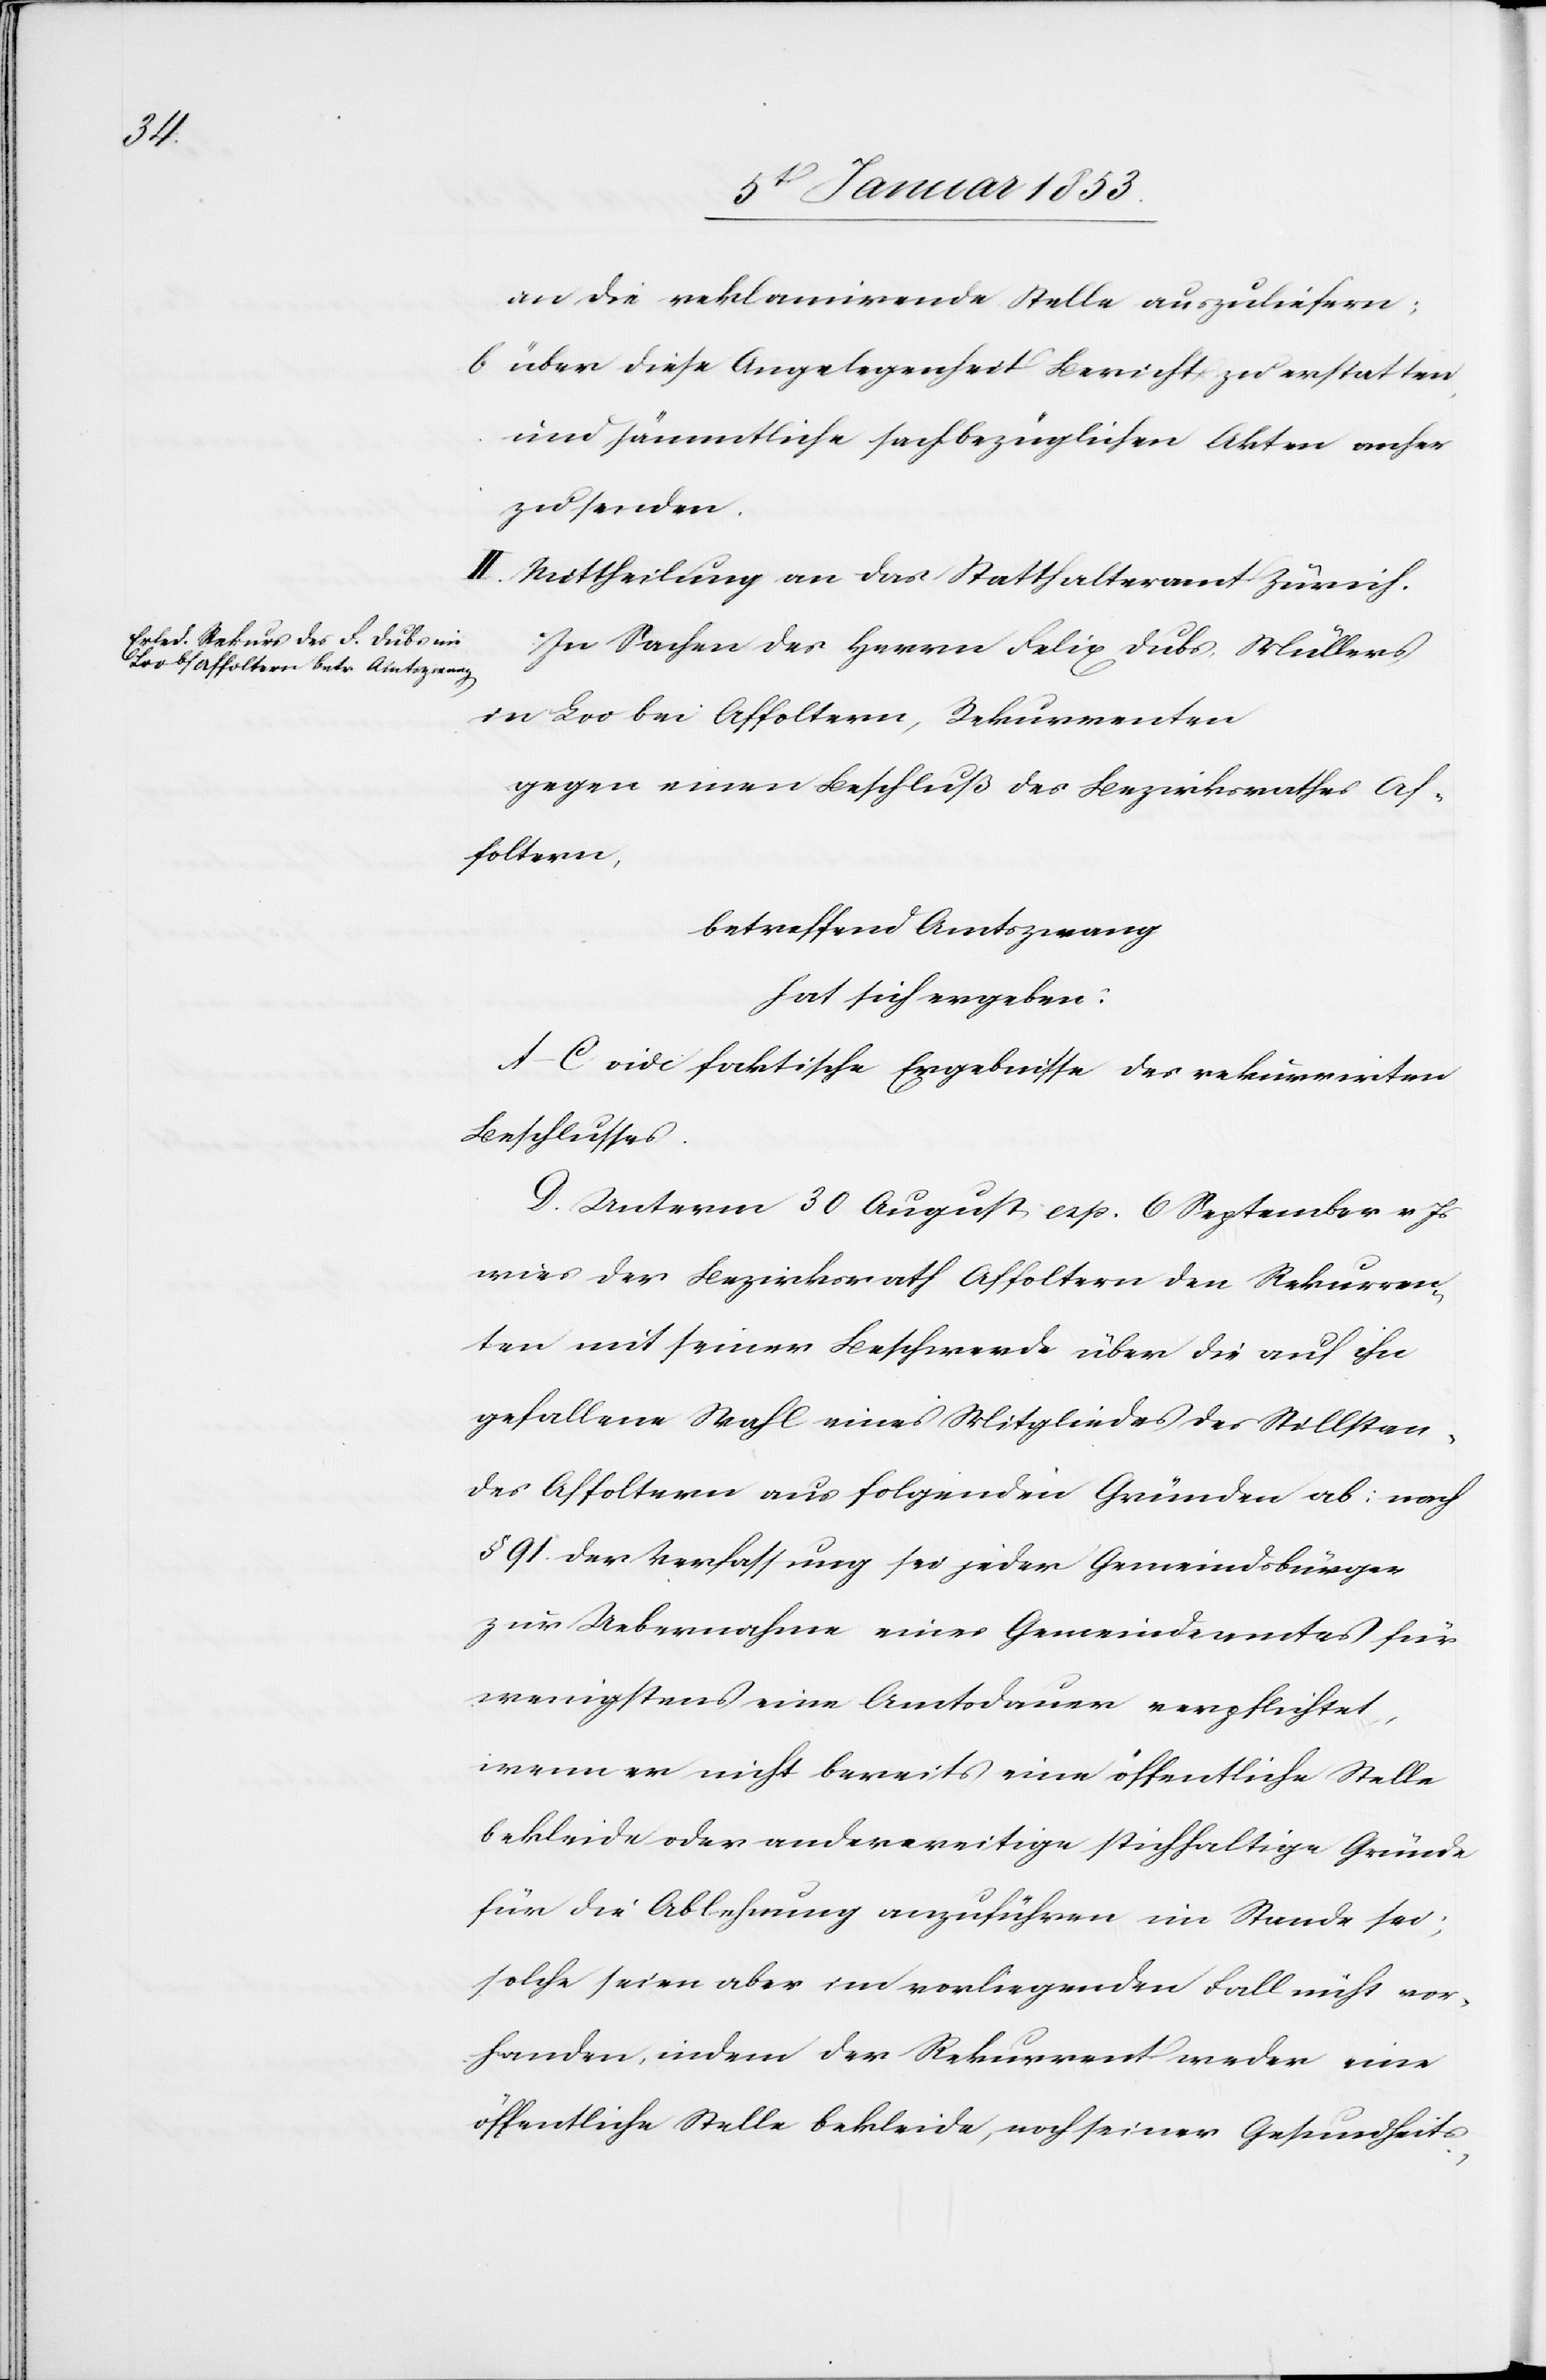
an die reklamirende Stelle auszuliefern:
b. über diese Angelegenheit Bericht zu erstatten
und sämmtliche sachbezüglichen Akten anher
zu senden.
II. Mittheilung an das Statthalteramt Zürich.
In Sachen der Herrn Felix Dubs Müllers
in Loo bei Affoltern, Rekurrenten
gegen einen Beschluß des Bezirksrathes Af¬
foltern,
betreffend Amtszwang
hat sich ergeben:
A–C vide faktische Ergebnisse des rekurrirten
Beschlusses.
D. Unterm 30 August resp. 6 September v. Js.
wies der Bezirksrath Affoltern den Rekurren¬
ten mit seiner Beschwerde über die auf ihn
gefallene Wahl eines Mitgliedes des Stillstan¬
des Affoltern aus folgenden Gründen ab: nach
§. 91 der Verfassung sei jeder Gemeindsbürger
zur Uebernahme eines Gemeindamtes für
wenigstens eine Amtsdauer verpflichtet,
wenn er nicht bereits eine öffentliche Stelle
bekleide oder anderweitige stichhaltige Gründe
für die Ablehnung anzuführen im Stande sei,
solche seien aber im vorliegenden Fall nicht vor¬
handen, indem der Rekurrent weder eine
öffentliche Stelle bekleide, noch seiner Gesundheits-